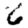
Digit: 6